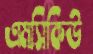
এমসিকিউ